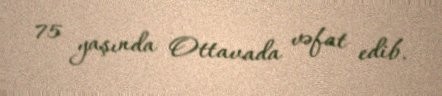
75 yaşında Ottavada vəfat edib.